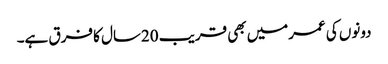
دونوں کی عمرمیں بھی قریب 20سال کا فرق ہے۔